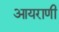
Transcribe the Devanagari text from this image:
आयराणी